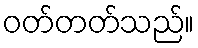
ဝတ်တတ်သည်။